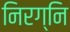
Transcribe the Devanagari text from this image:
निरग्नि